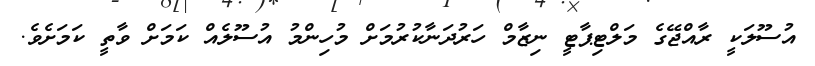
އުސޫލަކީ ރާއްޖޭގެ މަލްޓިޕާޓީ ނިޒާމް ހަރުދަނާކުރުމަށް މުހިންމު އުސޫލެއް ކަމަށް ވާތީ ކަމަށެވެ.